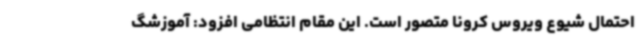
احتمال شیوع ویروس کرونا متصور است. این مقام انتظامی افزود: آموزشگ